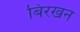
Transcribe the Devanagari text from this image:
बिरखन